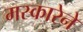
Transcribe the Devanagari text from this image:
मस्कारेने